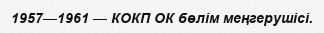
1957—1961 — КОКП ОК бөлім меңгерушісі.